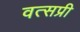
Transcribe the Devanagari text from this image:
वत्सप्री